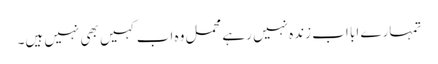
تمہارے ابا اب زندہ نہیں رہے محمل وہ اب کہیں بھی نہیں ہیں۔